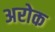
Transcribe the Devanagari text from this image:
अरोक